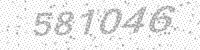
Solution: 581046